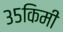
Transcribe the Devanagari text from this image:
३५किमी